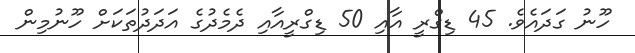
ހޫނު ގަދައެވެ. 45 ޑިގްރީ އާއި 50 ޑިގްރީއާއި ދެމެދުގެ އަދަދުތަކަށް ހޫނުމިން